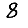
Digit: 8